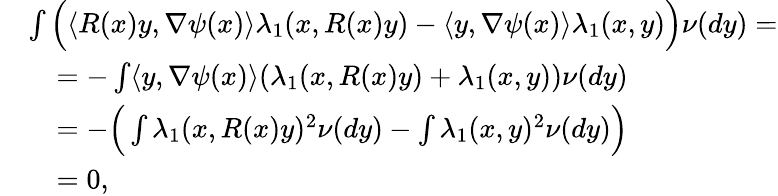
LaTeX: \begin{array}{rl}&{\int\Big(\langle R(x)y,\nabla\psi(x)\rangle\lambda_{1}(x,R(x)y)-\langle y,\nabla\psi(x)\rangle\lambda_{1}(x,y)\Big)\nu(dy)=}\\ &{\quad=-\int\langle y,\nabla\psi(x)\rangle(\lambda_{1}(x,R(x)y)+\lambda_{1}(x,y))\nu(dy)}\\ &{\quad=-\Big(\int\lambda_{1}(x,R(x)y)^{2}\nu(dy)-\int\lambda_{1}(x,y)^{2}\nu(dy)\Big)}\\ &{\quad=0,}\end{array}